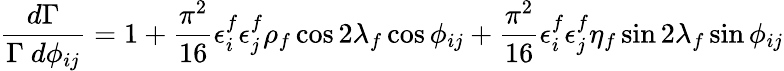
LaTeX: \frac{d\Gamma}{\Gamma\ d\phi_{ij}}=1+\frac{\pi^{2}}{16}\epsilon_{i}^{f}\epsilon_{j}^{f}\rho_{f}\cos 2\lambda_{f}\cos\phi_{ij}+\frac{\pi^{2}}{16}\epsilon_{i}^{f}\epsilon_{j}^{f}\eta_{f}\sin 2\lambda_{f}\sin\phi_{ij}